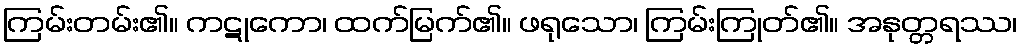
ကြမ်းတမ်း၏။ ကဋုကော၊ ထက်မြက်၏။ ဖရုသော၊ ကြမ်းကြုတ်၏။ အနုတ္တရဿ၊